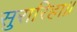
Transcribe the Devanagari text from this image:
सुरारिहा।।